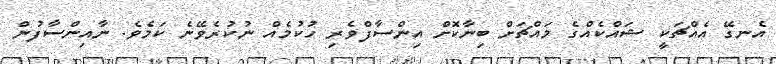
އެނގޭ އެއްޗަކީ ޝައްކެއްގެ މައްޗަށް ބިނާކޮށް އިންސާފްވެރި ހުކުމެއް ނުކުރެވޭނެ ކަމެވެ. ނާއިންސާފުން